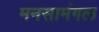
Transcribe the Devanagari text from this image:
मनसामंगल